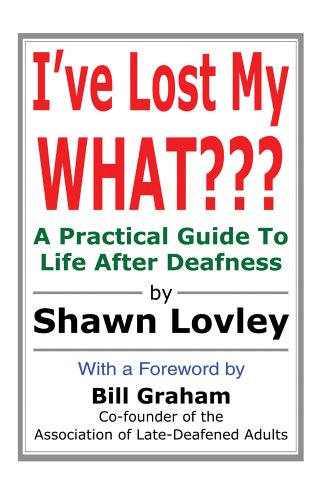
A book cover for I've Lost My WHAT???: A Practical Guide To Life After Deafness; Shawn Lovley; Health, Fitness & Dieting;